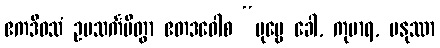
ဧကဒိဝသံ ဥပသင်္ကမိတွာ ဧတဒဝေါစ “ပုဗ္ဗေ ခေါ, ကုမာရ, မနုဿာ